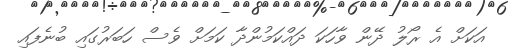
އަކަށް އެ ރޯލު ދޭން ވާހަކަ ދައްކަމުންދާ ކަމަށް ވެސް ހަބަރުގައި ބުނެފައި